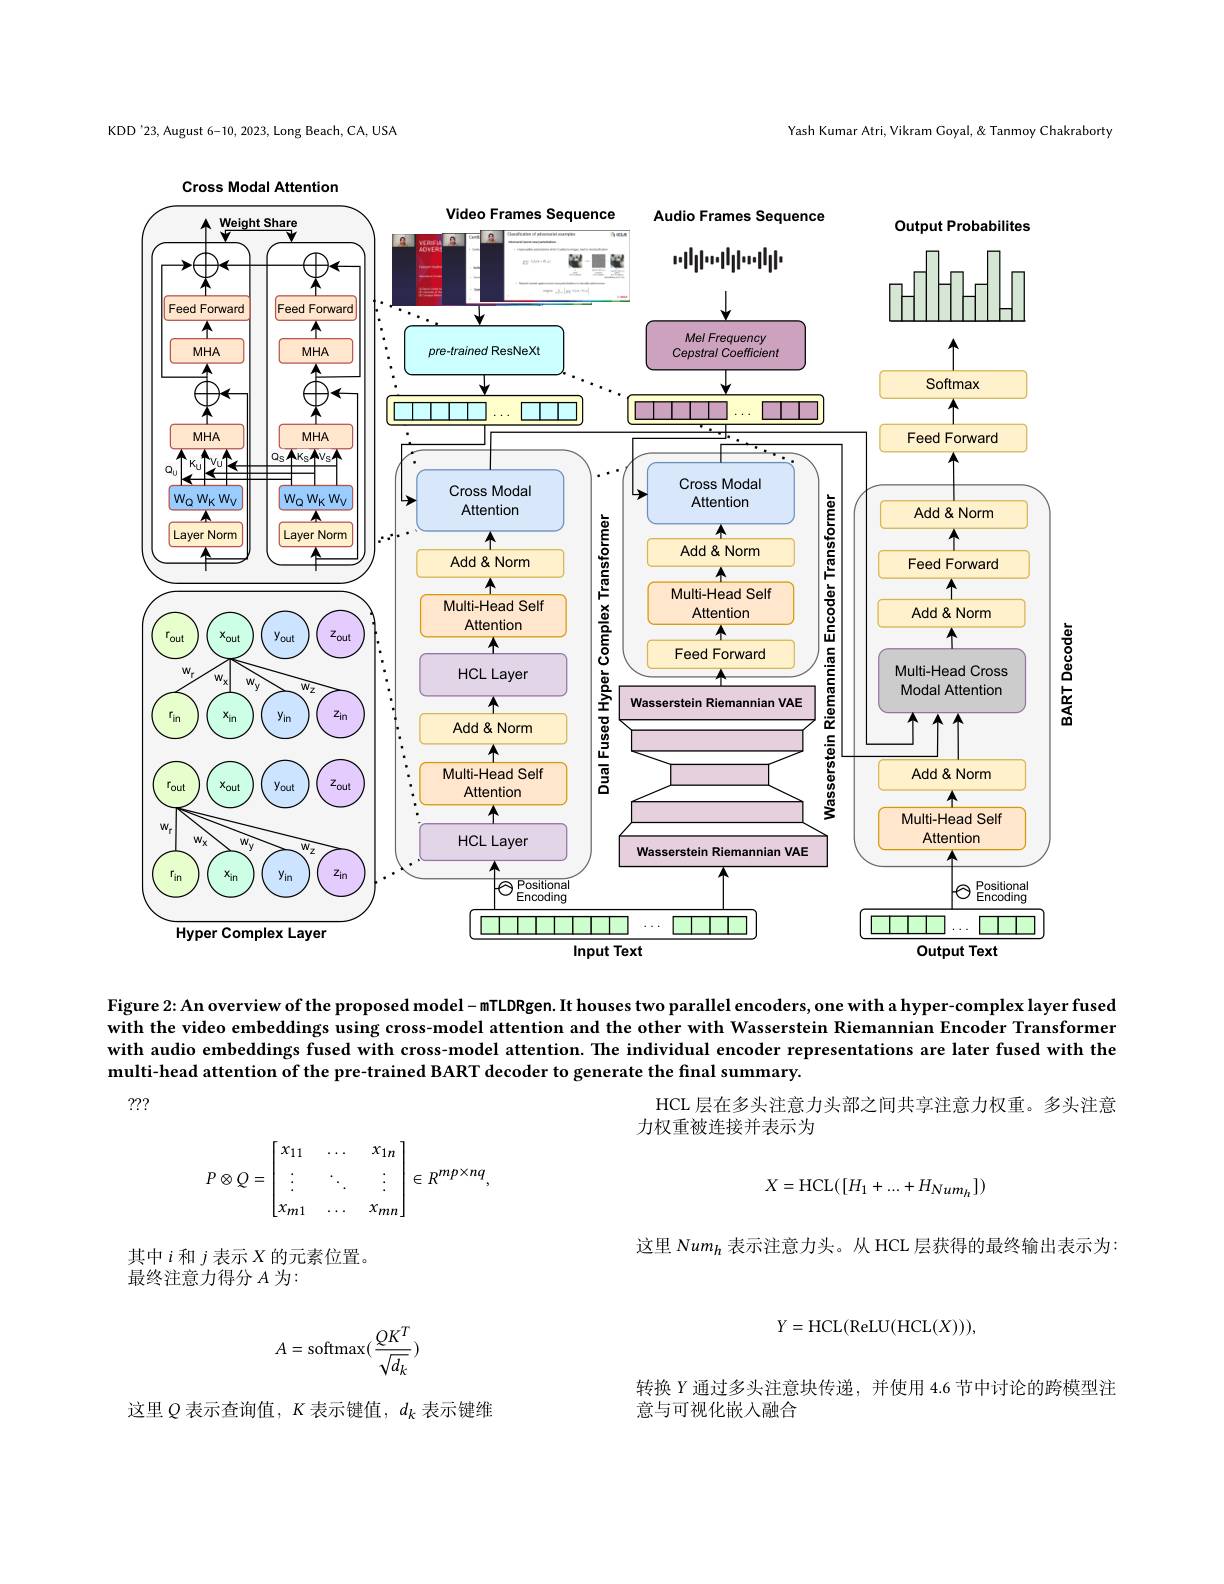
Yash Kumar Atri, Vikram Goyal, & Tanmoy Chakraborty

KDD'23, August 6-10, 2023, Long Beach, CA, USA

Cross Modal Attention

<FigureHere>

Figure 2: An overview of the proposed model -mTLDRgen. It houses two parallel encoders, one with a hyper-complex layer fused with the video embeddings using cross-model attention and the other with Wasserstein Riemannian Encoder Transformer with audio embeddings fused with cross-model attention. The individual encoder representations are later fused with the multi-head attention of the pre-trained BART decoder to generate the final summary.

???

HCL 层在多头注意力头部之间共享注意力权重。多头注意

力权重被连接并表示为
$$P\otimes Q=\begin{bmatrix}x_{11}&\dots&x_{1n}\\\vdots&\ddots&\vdots\\x_{m1}&\dots&x_{mn}\end{bmatrix}\in R^{mp\times nq},$$
$$X=\mathrm{HCL}([H_1+...+H_{Num_h}])$$
其中$i$和$j$表示$X$的元素位置。
最终注意力得分$A$为：

这里 Num$_{h}$表示注意力头。从 HCL 层获得的最终输出表示为200年1月19
$$Y=\mathrm{HCL}(\mathrm{ReLU}(\mathrm{HCL}(X))),$$
$$A=\mathrm{softmax}(\frac{QK^T}{\sqrt{d_k}})$$
转换$Y$通过多头注意块传递，并使用 4.6 节中讨论的跨模型注
意与可视化嵌入融合

这里$Q$表示查询值，$K$表示键值，$d_k$表示键维